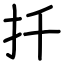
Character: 扦